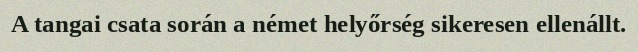
A tangai csata során a német helyőrség sikeresen ellenállt.